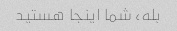
بله، شما اینجا هستید